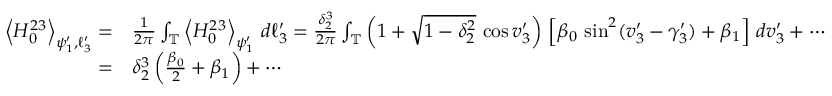
\begin{array} { r l } { \left\langle H _ { 0 } ^ { 2 3 } \right\rangle _ { \psi _ { 1 } ^ { \prime } , \ell _ { 3 } ^ { \prime } } = } & { \frac { 1 } { 2 \pi } \int _ { \mathbb { T } } \left\langle H _ { 0 } ^ { 2 3 } \right\rangle _ { \psi _ { 1 } ^ { \prime } } \, d \ell _ { 3 } ^ { \prime } = \frac { \delta _ { 2 } ^ { 3 } } { 2 \pi } \int _ { \mathbb { T } } \left( 1 + \sqrt { 1 - \delta _ { 2 } ^ { 2 } } \, \cos v _ { 3 } ^ { \prime } \right) \, \left[ \beta _ { 0 } \, \sin ^ { 2 } ( v _ { 3 } ^ { \prime } - \gamma _ { 3 } ^ { \prime } ) + \beta _ { 1 } \right] \, d v _ { 3 } ^ { \prime } + \cdots } \\ { = } & { \delta _ { 2 } ^ { 3 } \left( \frac { \beta _ { 0 } } { 2 } + \beta _ { 1 } \right) + \cdots } \end{array}